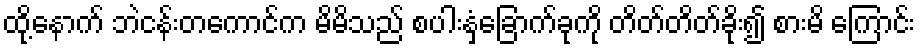
ထို့နောက် ဘဲငန်းတကောင်က မိမိသည် စပါးနှံခြောက်ခုကို တိတ်တိတ်ခိုး၍ စားမိ ကြောင်း